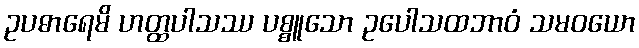
ဥပဓာရေမိ ဟတ္ထပါသဿ ပစ္စူသော ဥပေါသထဘာဝံ သမဝယော